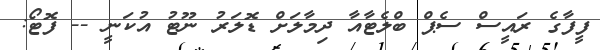
ފީފާގެ ރައީސް ސެޕް ބްލެޓާއާ ދިމާލަށް ޑޮލަރު ނޫޓު އުކަނީ -- ފޮޓޯ: